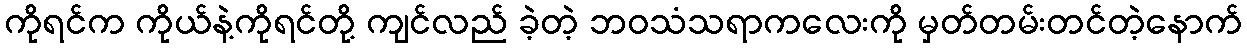
ကိုရင်က ကိုယ်နဲ့ကိုရင်တို့ ကျင်လည် ခဲ့တဲ့ ဘဝသံသရာကလေးကို မှတ်တမ်းတင်တဲ့နောက်